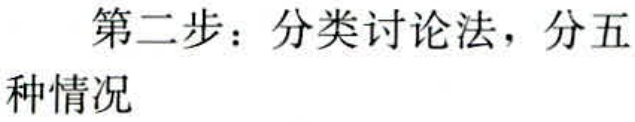
第二步：分类讨论法，分五种情况